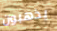
يذهبون